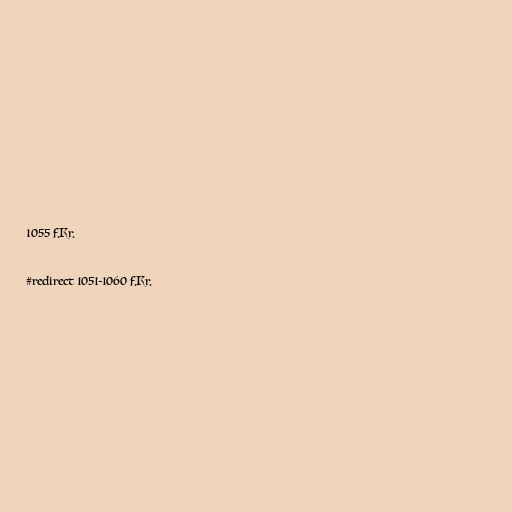
1055 f.Kr.

#redirect 1051-1060 f.Kr.